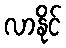
လာနိုင်